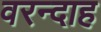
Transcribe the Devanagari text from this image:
वरन्दाह